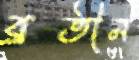
ব্রতীন